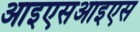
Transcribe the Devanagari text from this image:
आइएसआइएस